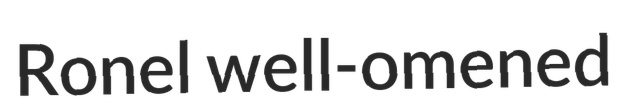
Ronel well-omened